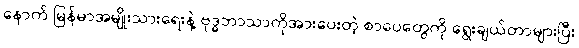
နောက် မြန်မာအမျိုးသားရေးနဲ့ ဗုဒ္ဓဘာသာကိုအားပေးတဲ့ စာပေတွေကို ရွေးချယ်တာများပြီး